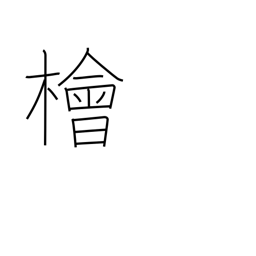
Meaning: Japanese cypress